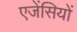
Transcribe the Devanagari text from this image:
एजेंसियों